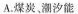
A.煤炭，潮汐能